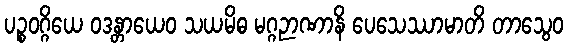
ပဉ္စဝဂ္ဂိယေ ဝဒန္တာယေဝ သယမိဓ မဂ္ဂဉာဏာနိ ပေသေဿာမာတိ တာသွေဝ